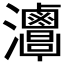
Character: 𤅦